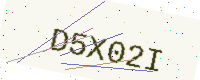
Text: D5X02I